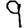
Digit: 9